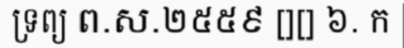
ទ្រព្យ ព.ស.២៥៥៩ [][] ៦. ក